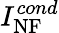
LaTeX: I_{\mathrm{NF}}^{cond}